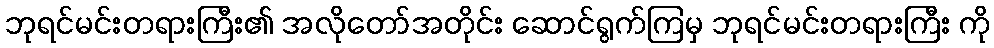
ဘုရင်မင်းတရားကြီး၏ အလိုတော်အတိုင်း ဆောင်ရွက်ကြမှ ဘုရင်မင်းတရားကြီး ကို